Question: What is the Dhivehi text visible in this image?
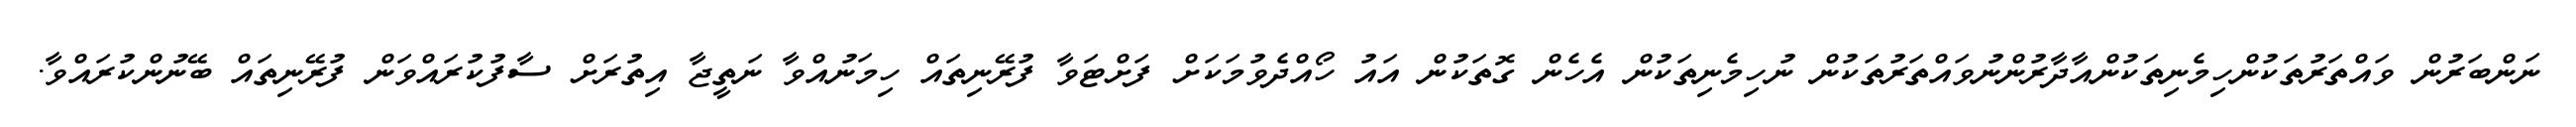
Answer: ނަންބަރުން ވައްތަރުތަކުންހިމެނިތަކުންއާދާރުންނުވައްތަރުތަކުން ނުހިމެނިތަކުން އެހެން ގޮތަކުން އައު ހޯއްދެވުމަކަށް ފަށްޓަވާ ފުރޭނިތައް ހިމަނުއްވާ ނަތީޖާ އިތުރަށް ސާފުކުރައްވަން ފުރޭނިތައް ބޭނުންކުރައްވާ.